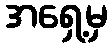
အရှေ့မှ